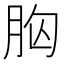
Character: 𮌍